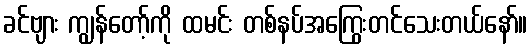
ခင်ဗျား ကျွန်တော့်ကို ထမင်း တစ်နပ်အကြွေးတင်သေးတယ်နော်။